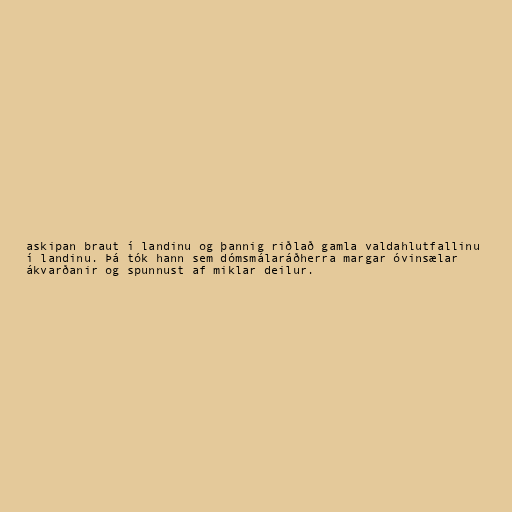
askipan braut í landinu og þannig riðlað gamla valdahlutfallinu
í landinu. Þá tók hann sem dómsmálaráðherra margar óvinsælar
ákvarðanir og spunnust af miklar deilur.